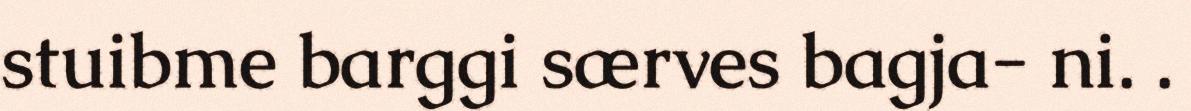
stuibme barggi særves bagja- ni. .